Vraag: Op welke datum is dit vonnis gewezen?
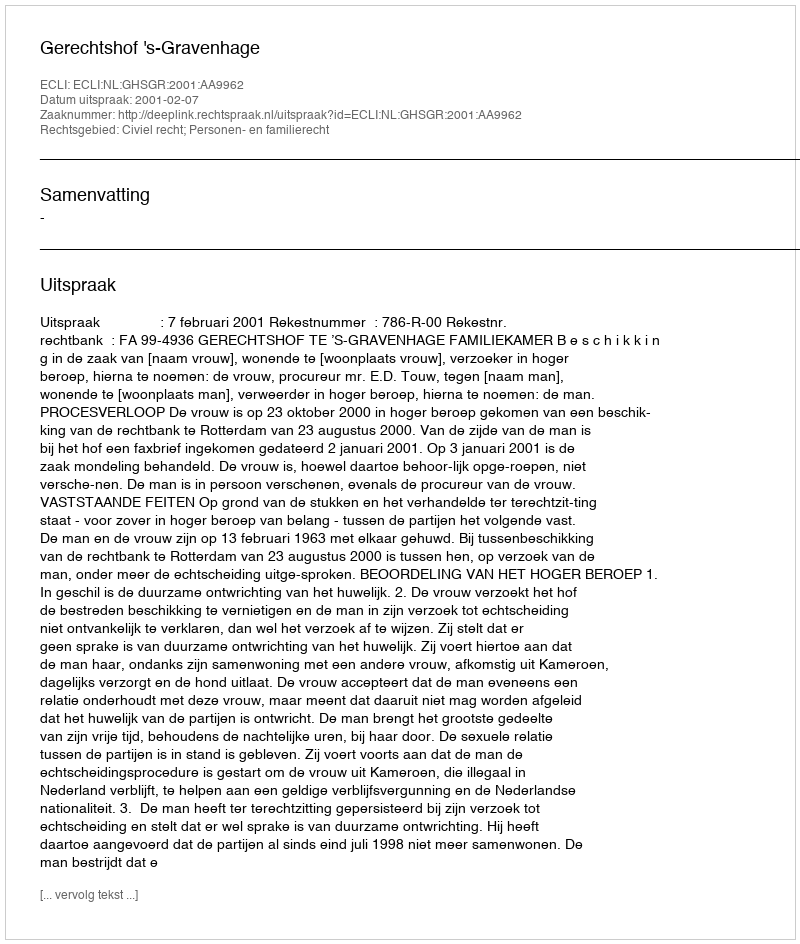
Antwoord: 2001-02-07